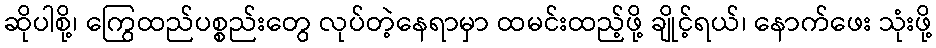
ဆိုပါစို့၊ ကြွေထည်ပစ္စည်းတွေ လုပ်တဲ့နေရာမှာ ထမင်းထည့်ဖို့ ချိုင့်ရယ်၊ နောက်ဖေး သုံးဖို့